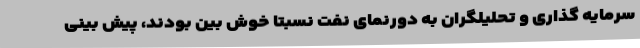
سرمایه گذاری و تحلیلگران به دورنمای نفت نسبتا خوش بین بودند، پیش بینی